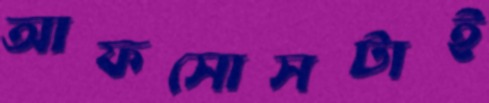
আফসোসটাই